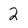
Character: 2